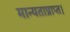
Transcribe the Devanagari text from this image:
मान्यताप्राप्त।